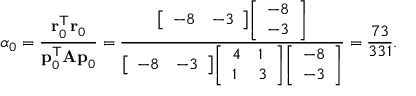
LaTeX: \alpha _ { 0 } = { \frac { \mathbf { r } _ { 0 } ^ { \mathsf { T } } \mathbf { r } _ { 0 } } { \mathbf { p } _ { 0 } ^ { \mathsf { T } } \mathbf { A p } _ { 0 } } } = { \frac { { \left[ \begin{array} { l l } { - 8 } & { - 3 } \end{array} \right] } { \left[ \begin{array} { l } { - 8 } \\ { - 3 } \end{array} \right] } } { { \left[ \begin{array} { l l } { - 8 } & { - 3 } \end{array} \right] } { \left[ \begin{array} { l l } { 4 } & { 1 } \\ { 1 } & { 3 } \end{array} \right] } { \left[ \begin{array} { l } { - 8 } \\ { - 3 } \end{array} \right] } } } = { \frac { 7 3 } { 3 3 1 } } .